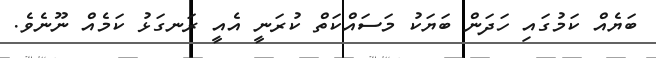
ބަޔެއް ކަމުގައި ހަދަން ބަޔަކު މަސައްކަތް ކުރަނީ އެއީ ރަނގަޅު ކަމެއް ނޫނެވެ.